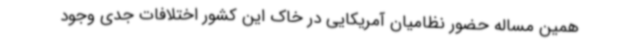
همین مساله حضور نظامیان آمریکایی در خاک این کشور اختلافات جدی وجود